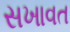
સખાવત